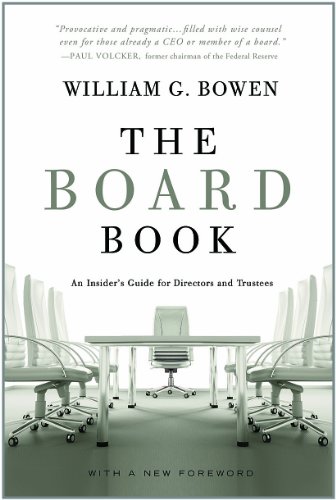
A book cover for The Board Book: An Insider's Guide for Directors and Trustees; William G. Bowen; Business & Money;